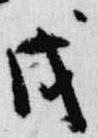
戊